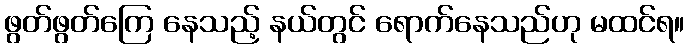
ဖွတ်ဖွတ်ကြေ နေသည့် နယ်တွင် ရောက်နေသည်ဟု မထင်ရ။